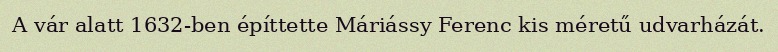
A vár alatt 1632-ben építtette Máriássy Ferenc kis méretű udvarházát.